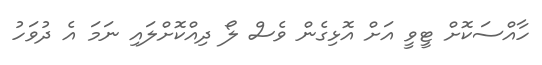
ހާއްސަކޮށް ޓީވީ އަށް އޮޅިގެން ވެސް ލޯ ދިއްކޮށްލައި ނަމަ އެ ދުވަހު